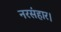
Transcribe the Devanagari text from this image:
नरसंहार।